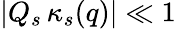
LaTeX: \vert Q_{s}\, \kappa_{s}(q)\vert\ll 1